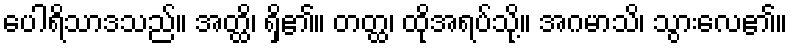
ပေါရိသာဒသည်။ အတ္ထိ၊ ရှိ၏။ တတ္ထ၊ ထိုအရပ်သို့။ အဂမာသိ၊ သွားလေ၏။